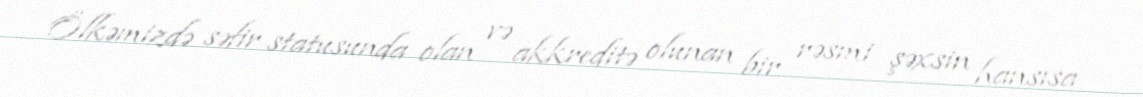
Ölkəmizdə səfir statusunda olan və akkreditə olunan bir rəsmi şəxsin hansısa